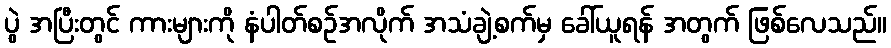
ပွဲ အပြီးတွင် ကားများကို နံပါတ်စဉ်အလိုက် အသံချဲ့စက်မှ ခေါ်ယူရန် အတွက် ဖြစ်လေသည်။